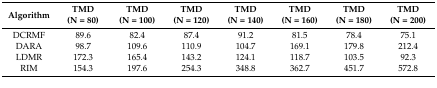
<table><thead><tr><td><b>Algorithm</b></td><td><b>TMD(N = 80)</b></td><td><b>TMD(N = 100)</b></td><td><b>TMD(N = 120)</b></td><td><b>TMD(N = 140)</b></td><td><b>TMD(N = 160)</b></td><td><b>TMD(N = 180)</b></td><td><b>TMD(N = 200)</b></td></tr></thead><tbody><tr><td>DCRMF</td><td>89.6</td><td>82.4</td><td>87.4</td><td>91.2</td><td>81.5</td><td>78.4</td><td>75.1</td></tr><tr><td>DARA</td><td>98.7</td><td>109.6</td><td>110.9</td><td>104.7</td><td>169.1</td><td>179.8</td><td>212.4</td></tr><tr><td>LDMR</td><td>172.3</td><td>165.4</td><td>143.2</td><td>124.1</td><td>118.7</td><td>103.5</td><td>92.3</td></tr><tr><td>RIM</td><td>154.3</td><td>197.6</td><td>254.3</td><td>348.8</td><td>362.7</td><td>451.7</td><td>572.8</td></tr></tbody></table>